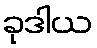
ခုဒါယ